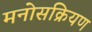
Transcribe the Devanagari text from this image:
मनोसक्रियण